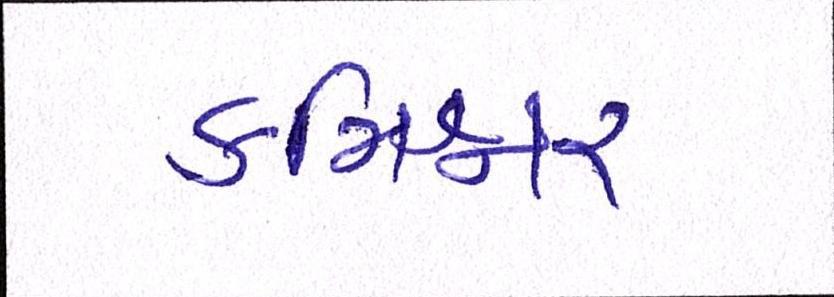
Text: કમિશ્નર